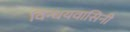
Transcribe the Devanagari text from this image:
विन्धयवासिनी